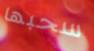
سحبها